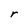
Character: r